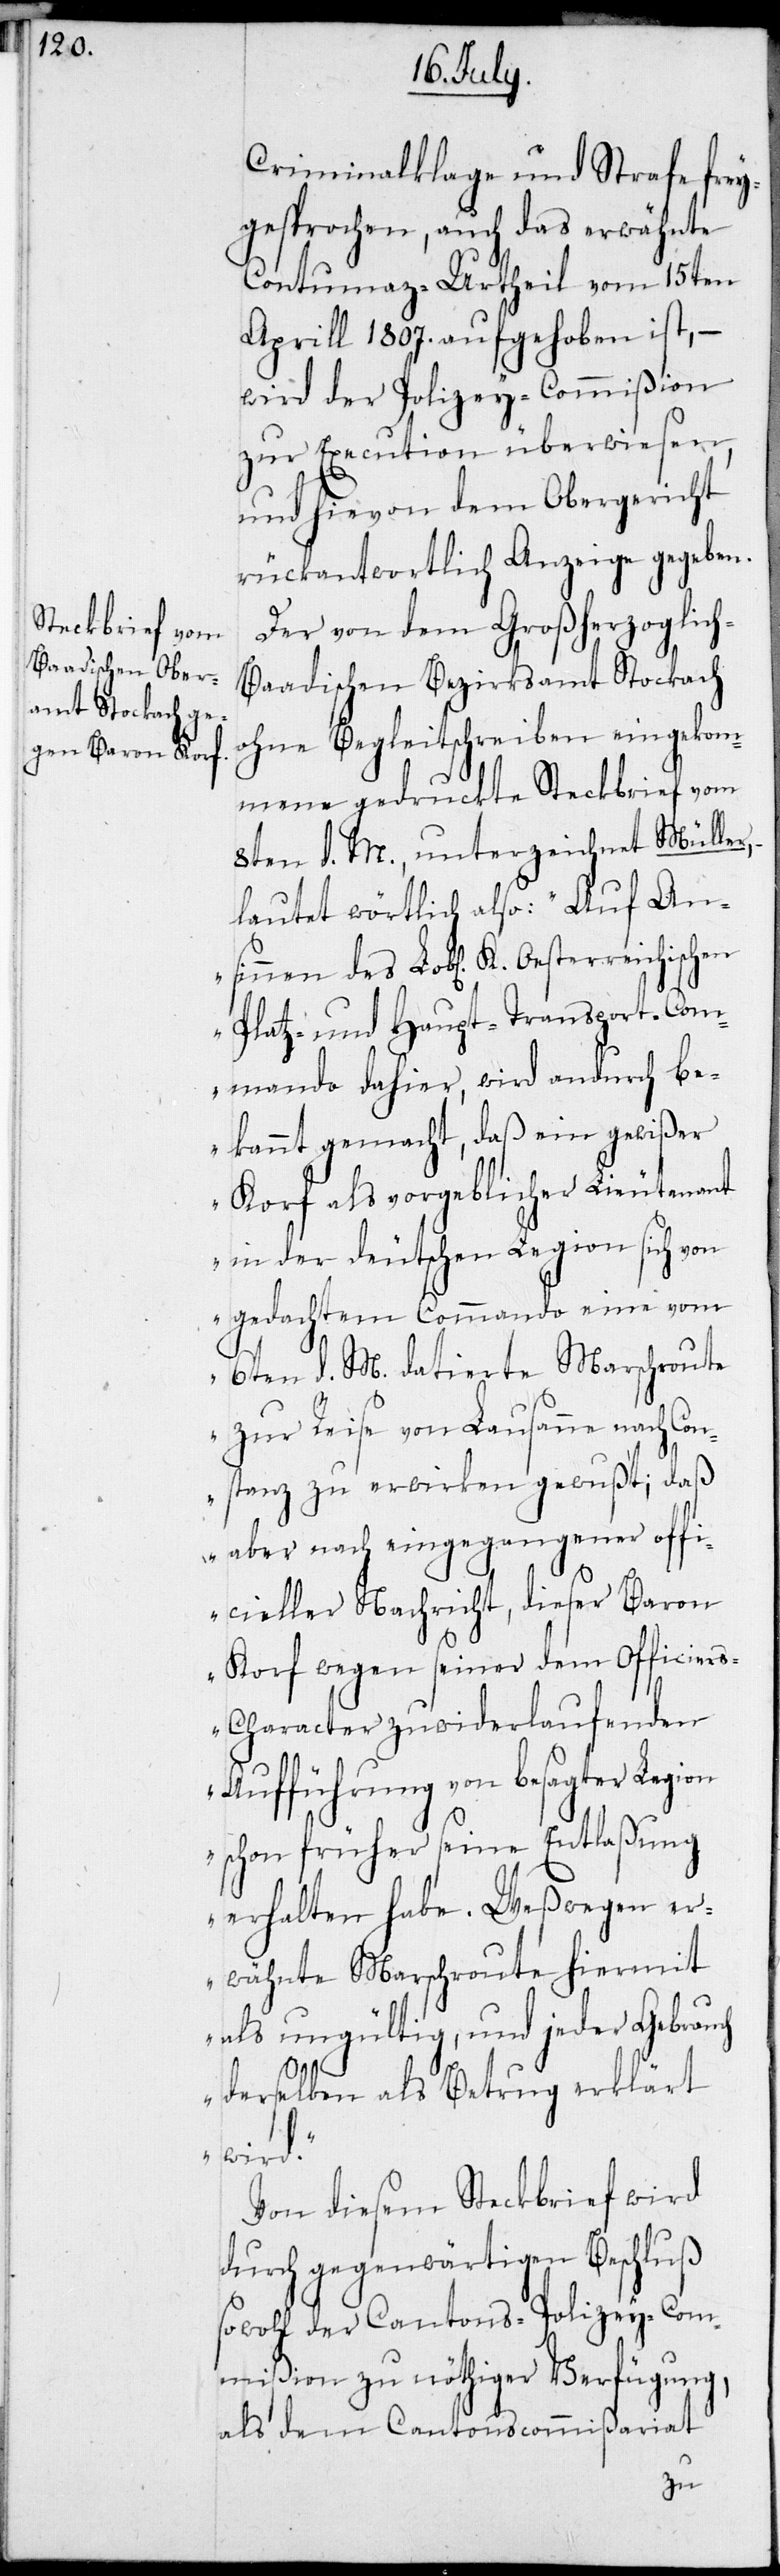
Criminalklage und Strafe frey¬
gesprochen, auch das erwähnte
Contumaz-Urtheil vom 15ten
Aprill 1807. aufgehoben ist, –
wird der Polizey-Commißion
zur Execution überwiesen,
und hievon dem Obergericht
rückantwortlich Anzeige gegeben.
Der von dem Großherzoglic¬
h-Baadischen Bezirksamt Stockach
ohne Begleitschreiben eingekom¬
mene gedruckte Steckbrief vom
8ten d. M., unterzeichnet Müller,
lautet wörtlich also: „Auf An¬
Platz- und Haupt-Transport-Com¬
mando dahier, wird andurch be¬
kannt gemacht, daß ein gewißer
Korf als vorgeblicher Lieutenant
in der deutscen Legion sich von
gedachtem Commando eine vom
6ten d. M. datierte Marschroute
zur Reise von Lausanne nach Co¬
nstanz zu erwirken gewußt; daß
aber nach eingegangener offi¬
cieller Nachricht, dieser Baron
Korf wegen seiner dem Officier¬
s-Character zuwiderlaufenden
Aufführung von besagter Legion
schon früher seine Entlaßung
erhalten habe. Weßwegen er¬
wähnte Marschroute hiermit
als ungültig, und jeder Gebrauch
derselben als Betrug erklärt
wird.“
Von diesem Steckbrief wird
durch gegenwärtigen Beschluß
sowohl der Cantons-Polizey-Com¬
mißion zu nöthiger Verfügung,
als dem Cantonscommmißariat